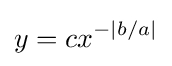
y=cx^{-|b/a|}